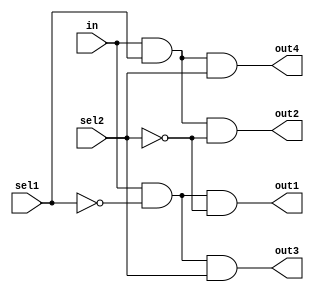
module demux1to4(input wire in, input wire sel1, sel2, output reg out1, out2, out3, out4);

// AND gates
assign out1 = in & ~sel1 & ~sel2;
assign out2 = in & sel1 & ~sel2;
assign out3 = in & ~sel1 & sel2;
assign out4 = in & sel1 & sel2;

endmodule